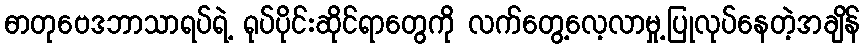
ဓာတုဗေဒဘာသာရပ်ရဲ့ ရုပ်ပိုင်းဆိုင်ရာတွေကို လက်တွေ့လေ့လာမှု့ပြုလုပ်နေတဲ့အချိန်